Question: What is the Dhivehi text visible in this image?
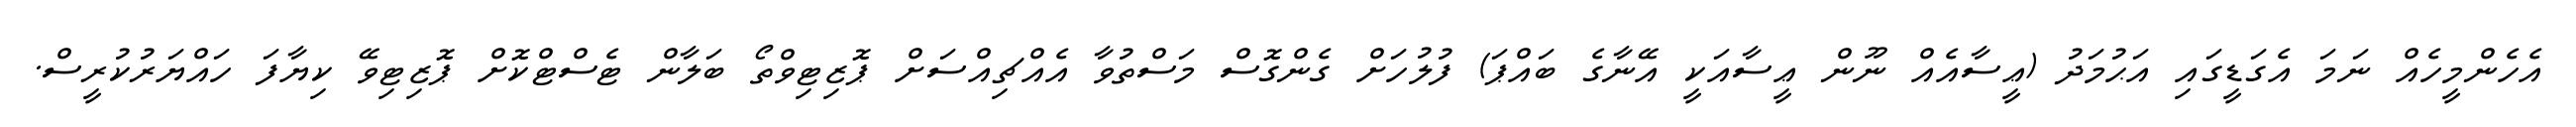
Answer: އެހެންމީހެއް ނަމަ އެގަޑީގައި އަޙުމަދު (ޢީސާއެއް ނޫން ޢީސާއަކީ އޭނާގެ ބައްޕަ) ފުލުހަށް ގެންގޮސް މަސްތުވާ އެއްޗިއްސަށް ޕޮޒިޓިވްތޯ ބަލާން ޓެސްޓްކޮށް ޕޮޒިޓިވޭ ކިޔާފަ ހައްޔަރުކުރީސް.